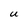
Character: U